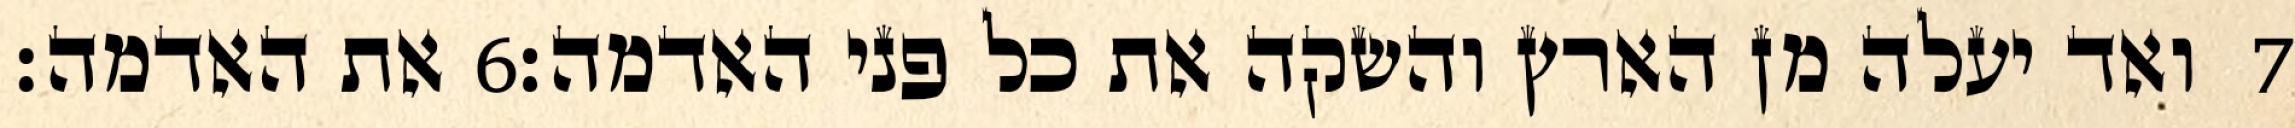
את האדמה׃ ‎6‏ ואד יעלה מן הארץ והשקה את כל פני האדמה׃ ‎7‏